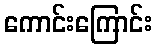
ကောင်းကြောင်း